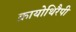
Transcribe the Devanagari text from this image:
क्रायोथिरैपी